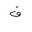
Letter: _qaf